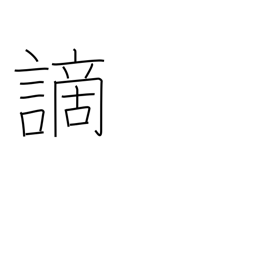
Meaning: crime